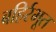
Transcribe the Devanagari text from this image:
बहिर्रभूत